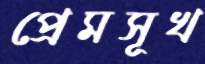
প্রেমসূখ